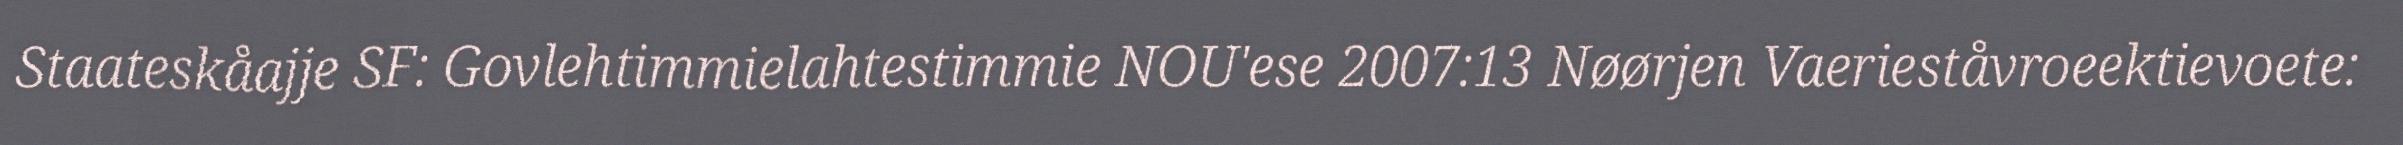
Staateskåajje SF: Govlehtimmielahtestimmie NOU'ese 2007:13 Nøørjen Vaerieståvroeektievoete: